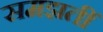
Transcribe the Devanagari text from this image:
समझतीं